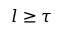
l \ge \tau